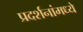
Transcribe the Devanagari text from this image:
प्रदर्शनांमध्ये